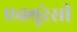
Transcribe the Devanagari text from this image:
एक्‍यूरेसी